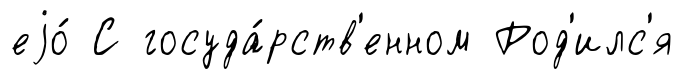
еjо́ С госуда́рств'енном Род'илс'я